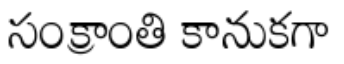
సంక్రాంతి కానుకగా